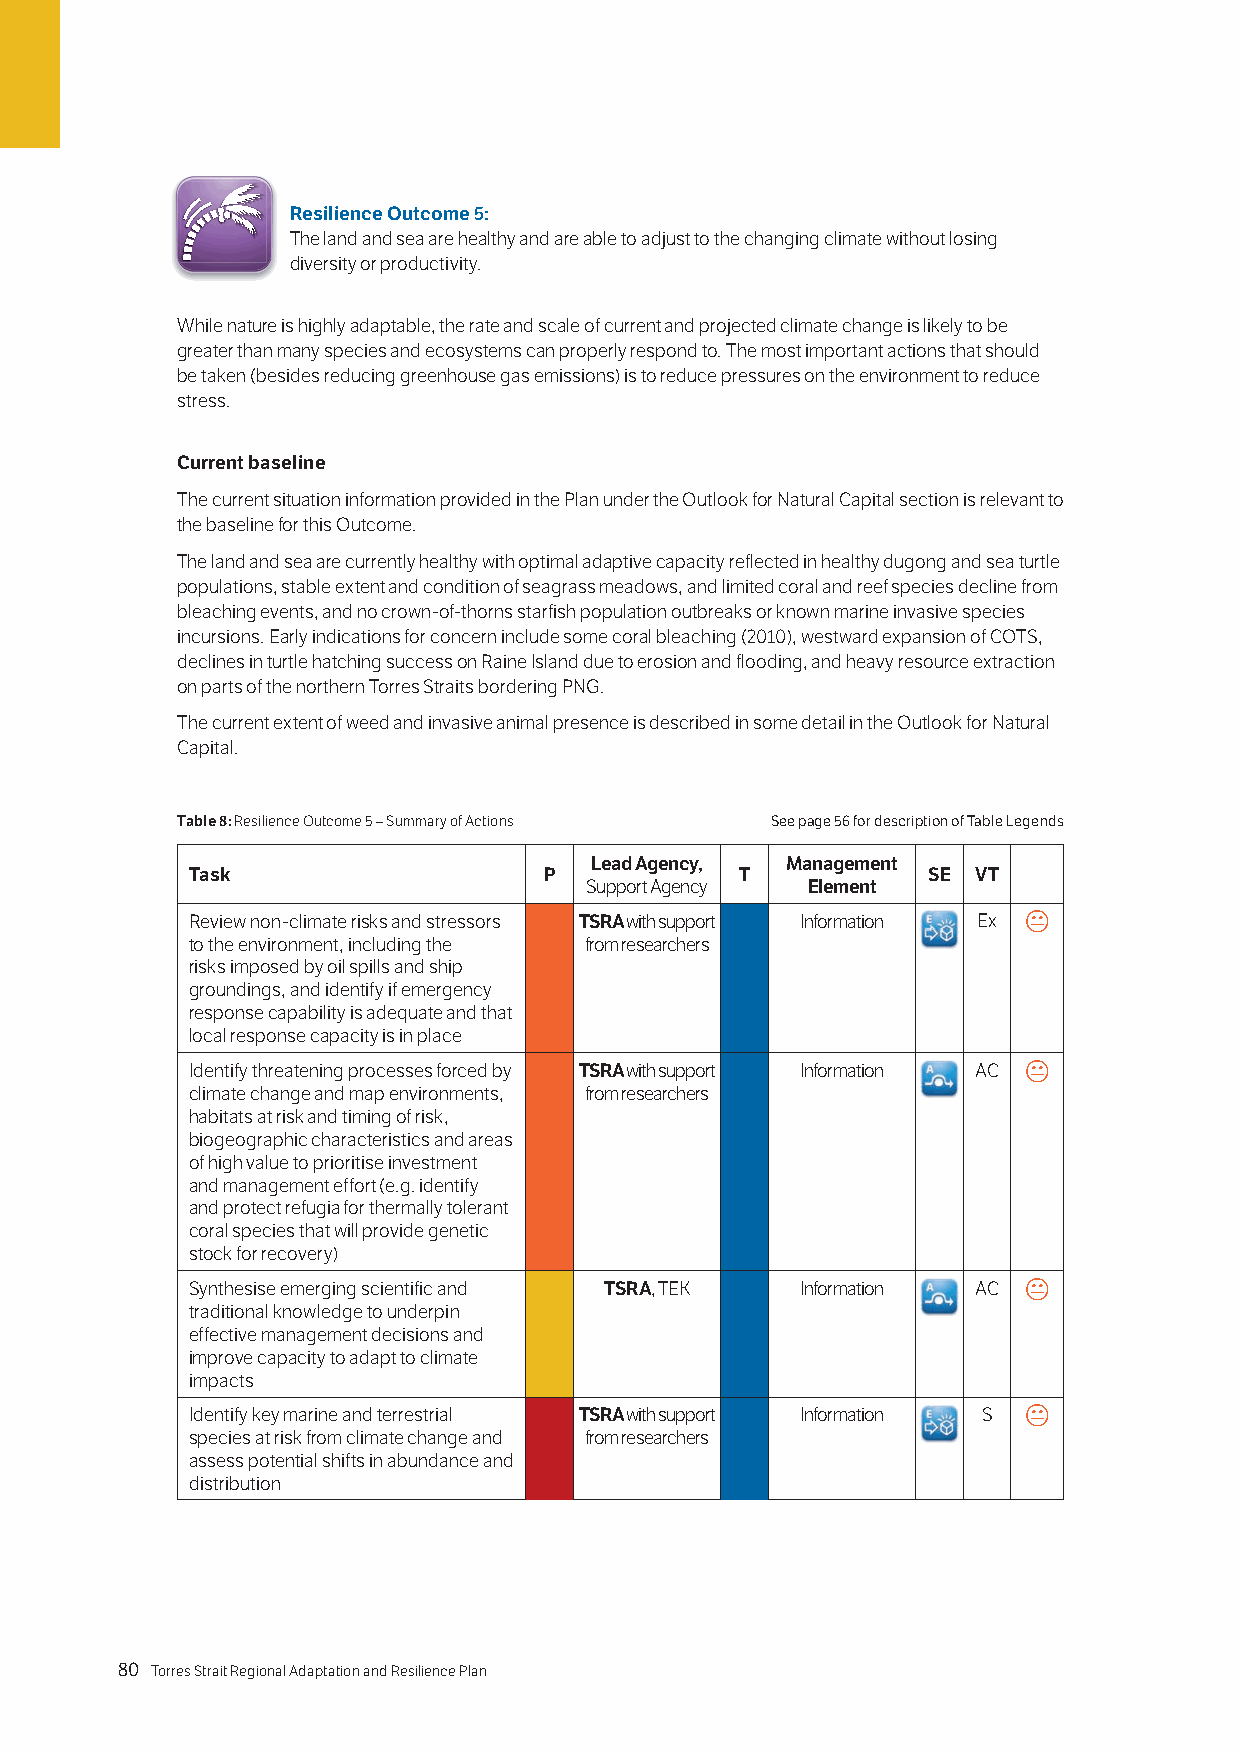
Resilience Outcome 5:
 The land and sea are healthy and are able to adjust to the changing climate without losing
 diversity or productivity.
 While nature is highly adaptable, the rate and scale of current and projected climate change is likely to be
 greater than many species and ecosystems can properly respond to. The most important actions that should
 be taken (besides reducing greenhouse gas emissions) is to reduce pressures on the environment to reduce
 stress.
 Current baseline
 The current situation information provided in the Plan under the Outlook for Natural Capital section is relevant to
 the baseline for this Outcome.
 The land and sea are currently healthy with optimal adaptive capacity reflected in healthy dugong and sea turtle
 populations, stable extent and condition of seagrass meadows, and limited coral and reef species decline from
 bleaching events, and no crown-of-thorns starfish population outbreaks or known marine invasive species
 incursions. Early indications for concern include some coral bleaching (2010), westward expansion of COTS,
 declines in turtle hatching success on Raine Island due to erosion and flooding, and heavy resource extraction
 on parts of the northern Torres Straits bordering PNG.
 The current extent of weed and invasive animal presence is described in some detail in the Outlook for Natural
 Capital.
 Table 8: Resilience Outcome 5 – Summary of Actions See page 56 for description of Table Legends
 Lead Agency, Management
 Task                   P            T           SE VT
 Support Agency Element
 Review non-climate risks and stressors TSRA with support Information Ex 
 to the environment, including the from researchers
 risks imposed by oil spills and ship
 groundings, and identify if emergency
 response capability is adequate and that
 local response capacity is in place
 Identify threatening processes forced by TSRA with support Information AC 
 climate change and map environments, from researchers
 habitats at risk and timing of risk,
 biogeographic characteristics and areas
 of high value to prioritise investment
 and management effort (e.g. identify
 and protect refugia for thermally tolerant
 coral species that will provide genetic
 stock for recovery)
 Synthesise emerging scientific and TSRA, TEK Information AC 
 traditional knowledge to underpin
 effective management decisions and
 improve capacity to adapt to climate
 impacts
 Identify key marine and terrestrial TSRA with support Information S 
 species at risk from climate change and from researchers
 assess potential shifts in abundance and
 distribution
 80 Torres Strait Regional Adaptation and Resilience Plan